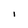
Character: I